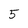
Character: 5